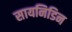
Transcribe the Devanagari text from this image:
सायनिडिन